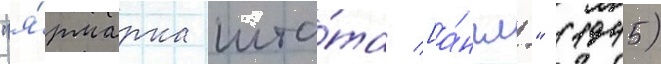
"я́рмарка шта́та [а́нгл." (1945)